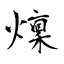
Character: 燣